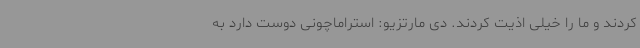
کردند و ما را خیلی اذیت کردند. دی مارتزیو: استراماچونی دوست دارد به